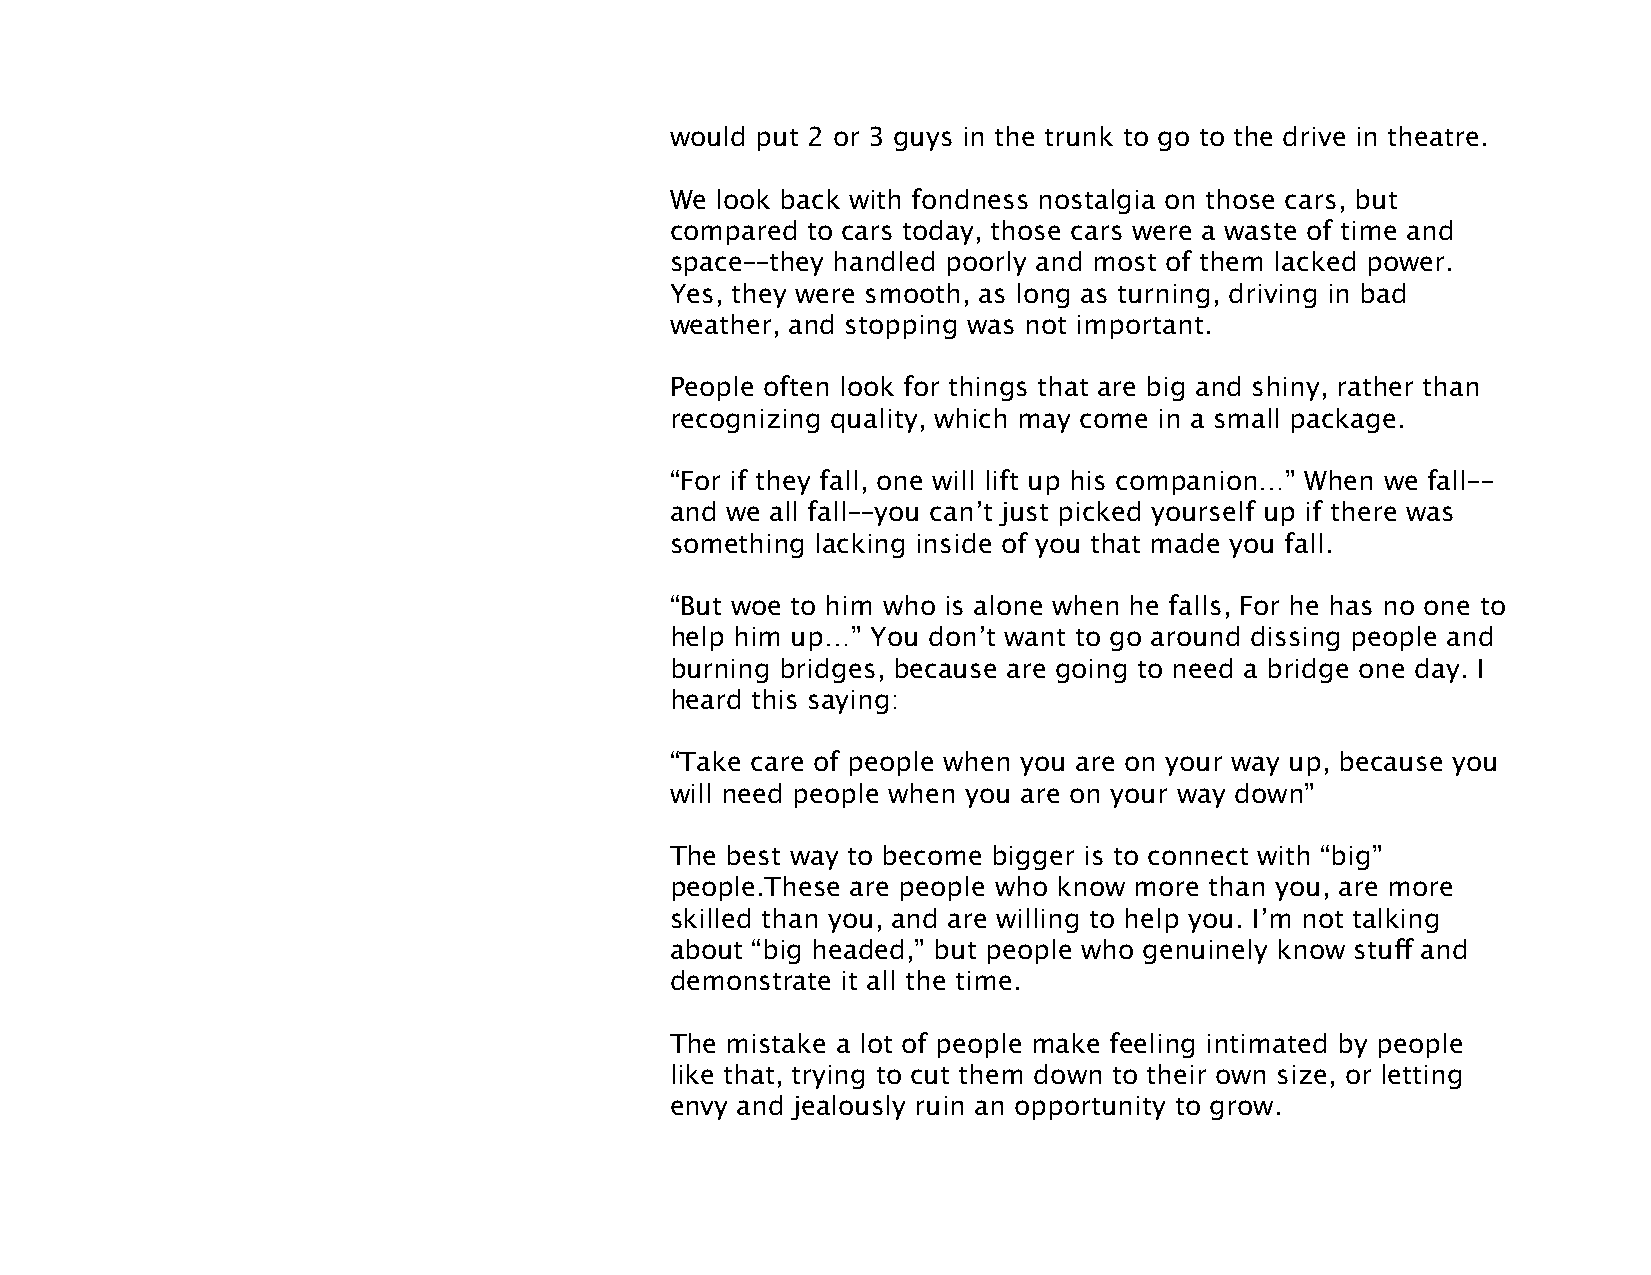
would put 2 or 3 guys in the trunk to go to the drive in theatre.
 We look back with fondness nostalgia on those cars, but
 compared to cars today, those cars were a waste of time and
 space––they handled poorly and most of them lacked power.
 Yes, they were smooth, as long as turning, driving in bad
 weather, and stopping was not important.
 People often look for things that are big and shiny, rather than
 recognizing quality, which may come in a small package.
 “For if they fall, one will lift up his companion…” When we fall––
 and we all fall––you can’t just picked yourself up if there was
 something lacking inside of you that made you fall.
 “But woe to him who is alone when he falls, For he has no one to
 help him up…” You don’t want to go around dissing people and
 burning bridges, because are going to need a bridge one day. I
 heard this saying:
 “Take care of people when you are on your way up, because you
 will need people when you are on your way down”
 The best way to become bigger is to connect with “big”
 people.These are people who know more than you, are more
 skilled than you, and are willing to help you. I’m not talking
 about “big headed,” but people who genuinely know stuff and
 demonstrate it all the time.
 The mistake a lot of people make feeling intimated by people
 like that, trying to cut them down to their own size, or letting
 envy and jealously ruin an opportunity to grow.